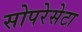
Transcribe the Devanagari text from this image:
सोपरेसेटा